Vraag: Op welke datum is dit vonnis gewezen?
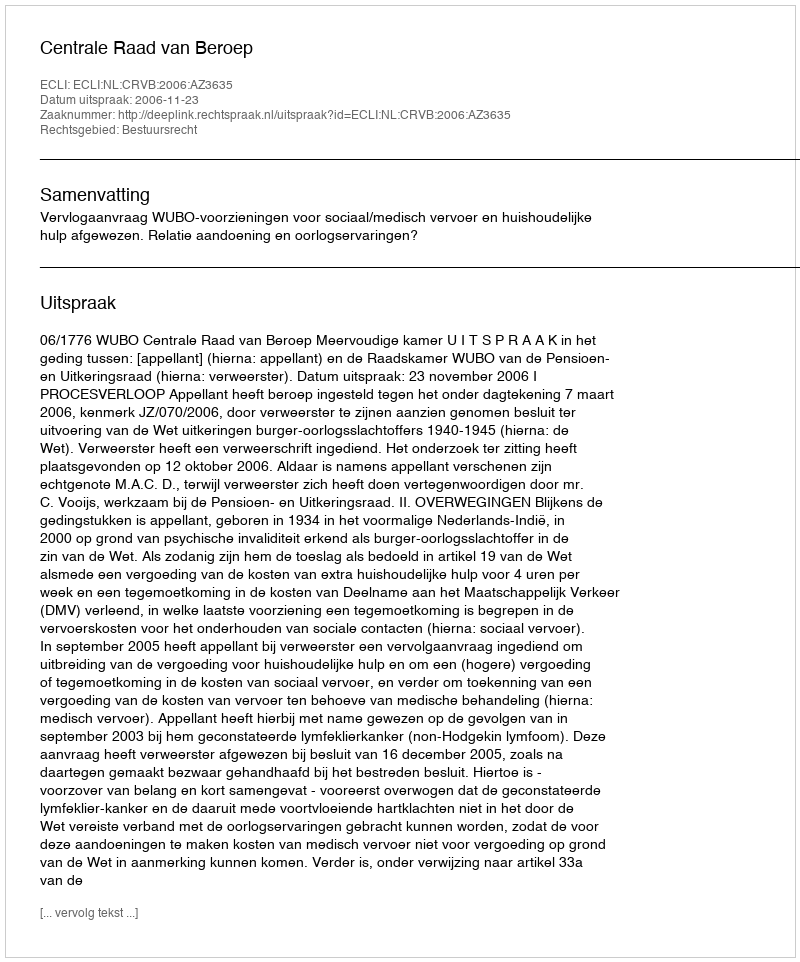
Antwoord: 2006-11-23